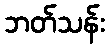
ဘတ်သန်း